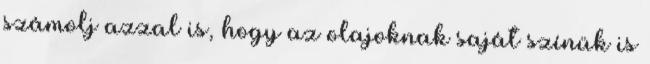
számolj azzal is, hogy az olajoknak saját színük is